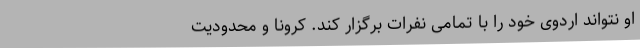
او نتواند اردوی خود را با تمامی نفرات برگزار کند. کرونا و محدودیت